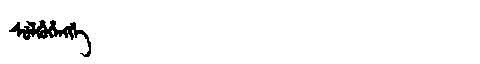
Manchu: ᠰᡠᠯᡥᡠᡥᡝᠩᡤᡝ
Romanization: SULHUHENGGE